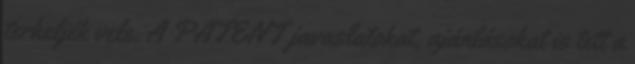
terheljék vele. A PATENT javaslatokat, ajánlásokat is tett a